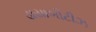
ડાયાબીટીઝ